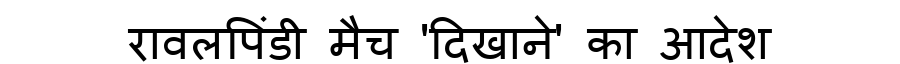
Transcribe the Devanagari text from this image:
रावलपिंडी मैच 'दिखाने' का आदेश